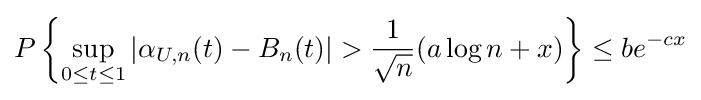
P\left\{\sup _{0\leq t\leq 1}|\alpha _{U,n}(t)-B_{n}(t)|>{\frac {1}{\sqrt {n}}}(a\log n+x)\right\}\leq be^{-cx}